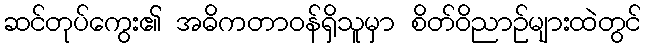
ဆင်တုပ်ကွေး၏ အဓိကတာဝန်ရှိသူမှာ စိတ်ဝိညာဉ်များထဲတွင်